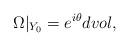
LaTeX: \begin{align*}\Omega |_{Y_0} =e^{i \theta} dvol,\end{align*}